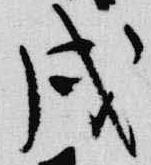
戌